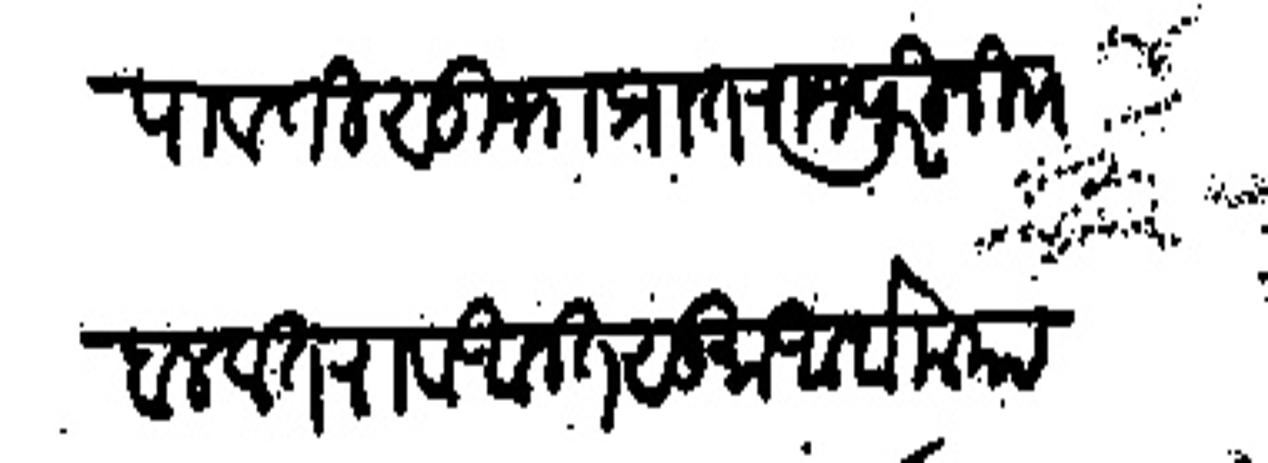
Transliteration (Devanagari): पावती सुभा प्रांत राजापूरी नि बलवंत राव अनंत सु अर्बा मया